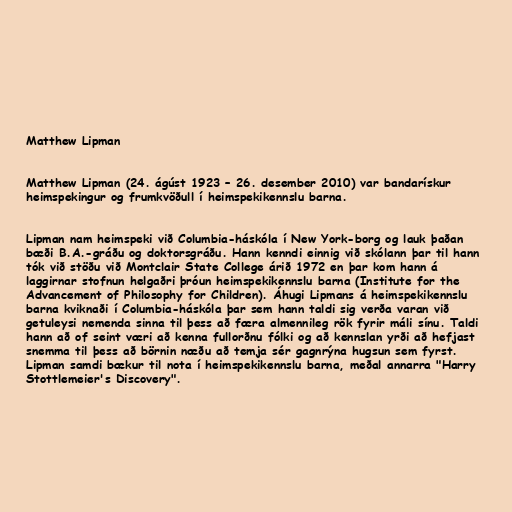
Matthew Lipman

Matthew Lipman (24. ágúst 1923 – 26. desember 2010) var bandarískur
heimspekingur og frumkvöðull í heimspekikennslu barna.

Lipman nam heimspeki við Columbia-háskóla í New York-borg og lauk þaðan
bæði B.A.-gráðu og doktorsgráðu. Hann kenndi einnig við skólann þar til hann
tók við stöðu við Montclair State College árið 1972 en þar kom hann á
laggirnar stofnun helgaðri þróun heimspekikennslu barna (Institute for the
Advancement of Philosophy for Children). Áhugi Lipmans á heimspekikennslu
barna kviknaði í Columbia-háskóla þar sem hann taldi sig verða varan við
getuleysi nemenda sinna til þess að færa almennileg rök fyrir máli sínu. Taldi
hann að of seint væri að kenna fullorðnu fólki og að kennslan yrði að hefjast
snemma til þess að börnin næðu að temja sér gagnrýna hugsun sem fyrst.
Lipman samdi bækur til nota í heimspekikennslu barna, meðal annarra "Harry
Stottlemeier's Discovery".